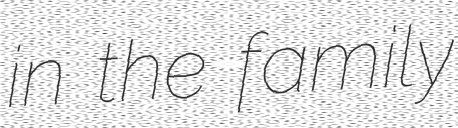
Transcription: in the family